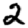
Digit: 2